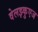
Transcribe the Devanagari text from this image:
वेलझ्कुएज